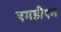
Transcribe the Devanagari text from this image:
एमडीएम